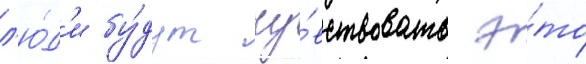
л'ю́д'и бу́дут чу́вствовать э́то